Scottish Leaving Certificate Examination, 1958
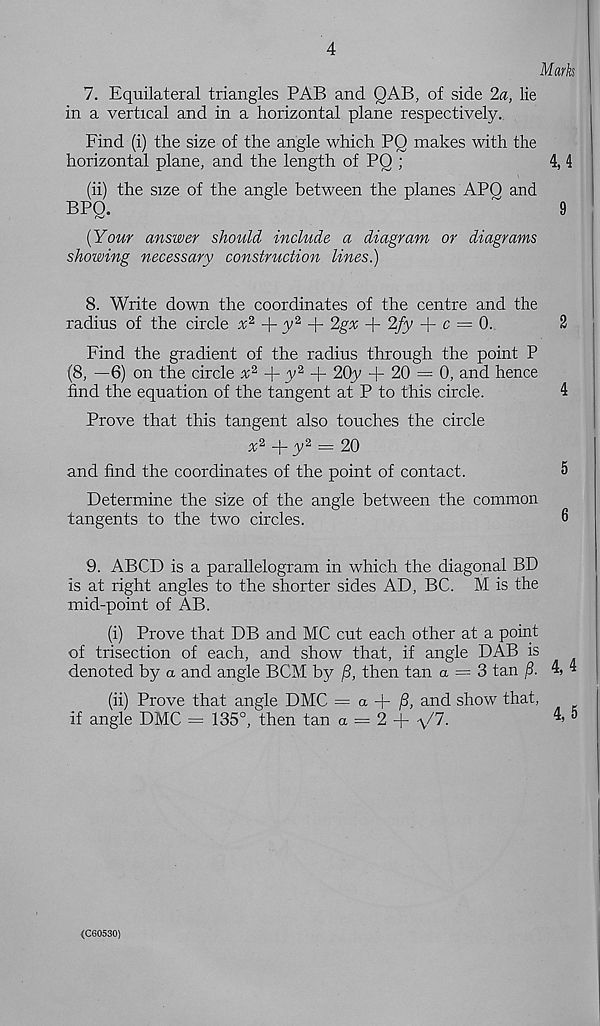
4
Marks
7. Equilateral triangles PAB and QAB, of side 2a, lie
in a vertical and in a horizontal plane respectively.
Find (i) the size of the angle which PQ makes with the
horizontal plane, and the length of PQ ;
4,4
(ii) the size of the angle between the planes APO and
BPO.
~
9
{Your answer should include a diagram or diagrams
showing necessary construction lines.)
8. Write down the coordinates of the centre and the
radius of the circle a; 2 + y 2 + 2gx -f 2fy + c = 0.
2
Find the gradient of the radius through the point P
(8, —6) on the circle x z + y 2 + 20y + 20 = 0, and hence
find the equation of the tangent at P to this circle.
4
Prove that this tangent also touches the circle
x 2
y 2 = 20
and find the coordinates of the point of contact.
5
Determine the size of the angle between the common
tangents to the two circles.
6
9. ABCD is a parallelogram in which the diagonal BD
is at right angles to the shorter sides AD, BC. M is the
mid-point of AB.
(i) Prove that DB and MC cut each other at a point
of trisection of each, and show that, if angle DAB is
denoted by a and angle BCM by /3, then tan <x = 3 tan
4, 4
(ii) Prove that angle DMC = a + ^3, and show that,
if angle DMC = 135°, then tan a = 2 + \/7.
4, 5
(C60530)